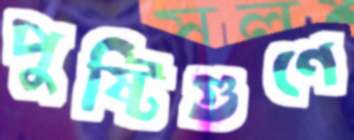
পুষ্টিগুণে